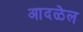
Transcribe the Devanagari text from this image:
आदळेल